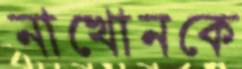
নাখোনকে